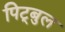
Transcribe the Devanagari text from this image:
पिट्बुल